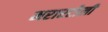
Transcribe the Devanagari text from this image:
मरारटोली